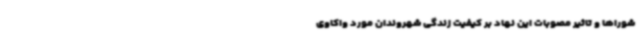
شوراها و تاثیر مصوبات این نهاد بر کیفیت زندگی شهروندان مورد واکاوی